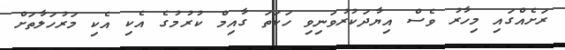
ރަށެއްގައި މިހާރު ވެސް އިޔާދަކުރުވަނިވި ހަކަތަ ގާއިމް ކުރުމުގެ އެކި އެކި މަރުހަލާތަށް